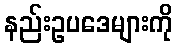
နည်းဥပဒေများကို